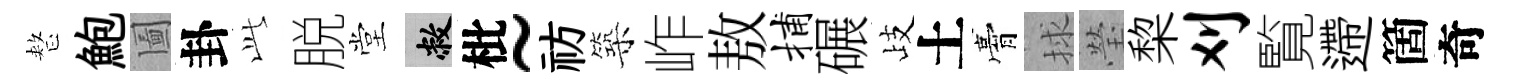
整鮑圗卦𬼘脱堂敝枇~祊築岞敖捕碾歧土膏捄瑩棃刈覧遰箇奇